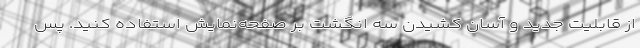
از قابلیت جدید و آسان کشیدن سه انگشت بر صفحه‌نمایش استفاده کنید. پس